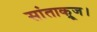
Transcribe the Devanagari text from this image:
सांताक्रूज।